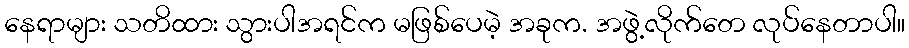
နေရာများ သတိထား သွားပါအရင်က မဖြစ်ပေမဲ့ အခုက. အဖွဲ့လိုက်တေ လုပ်နေတာပါ။